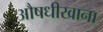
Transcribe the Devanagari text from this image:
औषधीखाना